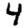
Digit: 4